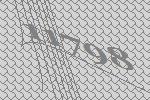
11798